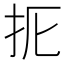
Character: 𢪦